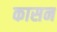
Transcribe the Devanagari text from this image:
कासन